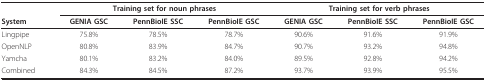
<table><thead><tr><td></td><td colspan="3"><b>Training set for noun phrases</b></td><td colspan="3"><b>Training set for verb phrases</b></td></tr><tr><td><b>System</b></td><td><b>GENIA GSC</b></td><td><b>PennBioIE SSC</b></td><td><b>PennBioIE GSC</b></td><td><b>GENIA GSC</b></td><td><b>PennBioIE SSC</b></td><td><b>PennBioIE GSC</b></td></tr></thead><tbody><tr><td>Lingpipe</td><td>75.8%</td><td>78.5%</td><td>78.7%</td><td>90.6%</td><td>91.6%</td><td>91.9%</td></tr><tr><td>OpenNLP</td><td>80.8%</td><td>83.9%</td><td>84.7%</td><td>90.7%</td><td>93.2%</td><td>94.8%</td></tr><tr><td>Yamcha</td><td>80.1%</td><td>83.2%</td><td>84.0%</td><td>89.5%</td><td>92.8%</td><td>94.2%</td></tr><tr><td>Combined</td><td>84.3%</td><td>84.5%</td><td>87.2%</td><td>93.7%</td><td>93.9%</td><td>95.5%</td></tr></tbody></table>